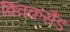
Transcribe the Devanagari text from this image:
क्विकसैंड